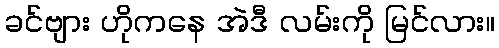
ခင်ဗျား ဟိုကနေ အဲဒီ လမ်းကို မြင်လား။